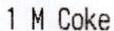
1 M COKE